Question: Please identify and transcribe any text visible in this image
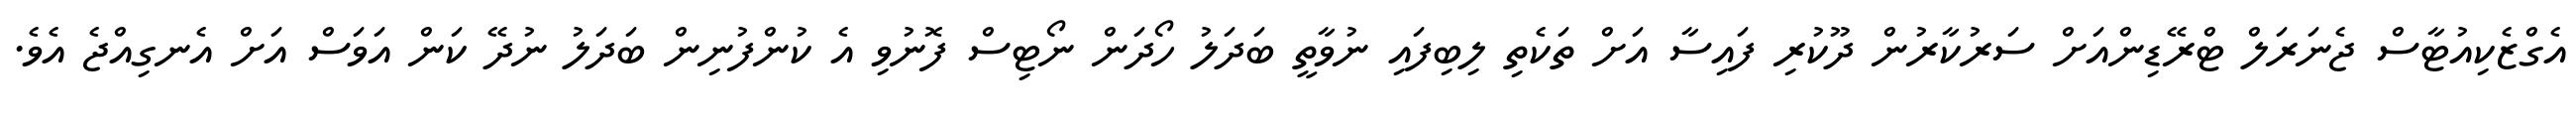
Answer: އެގްޒެކިއުޓާސް ޖެނަރަލް ޓްރޭޑިންއަށް ސަރުކާރުން ދޫކުރި ފައިސާ އަށް ތަކެތި ލިބިފައި ނުވާތީ ބަދަލު ހޯދަން ނޯޓިސް ފޮނުވި އެ ކުންފުނިން ބަދަލު ނުދޭ ކަން އަވަސް އަށް އެނގިއްޖެ އެވެ.